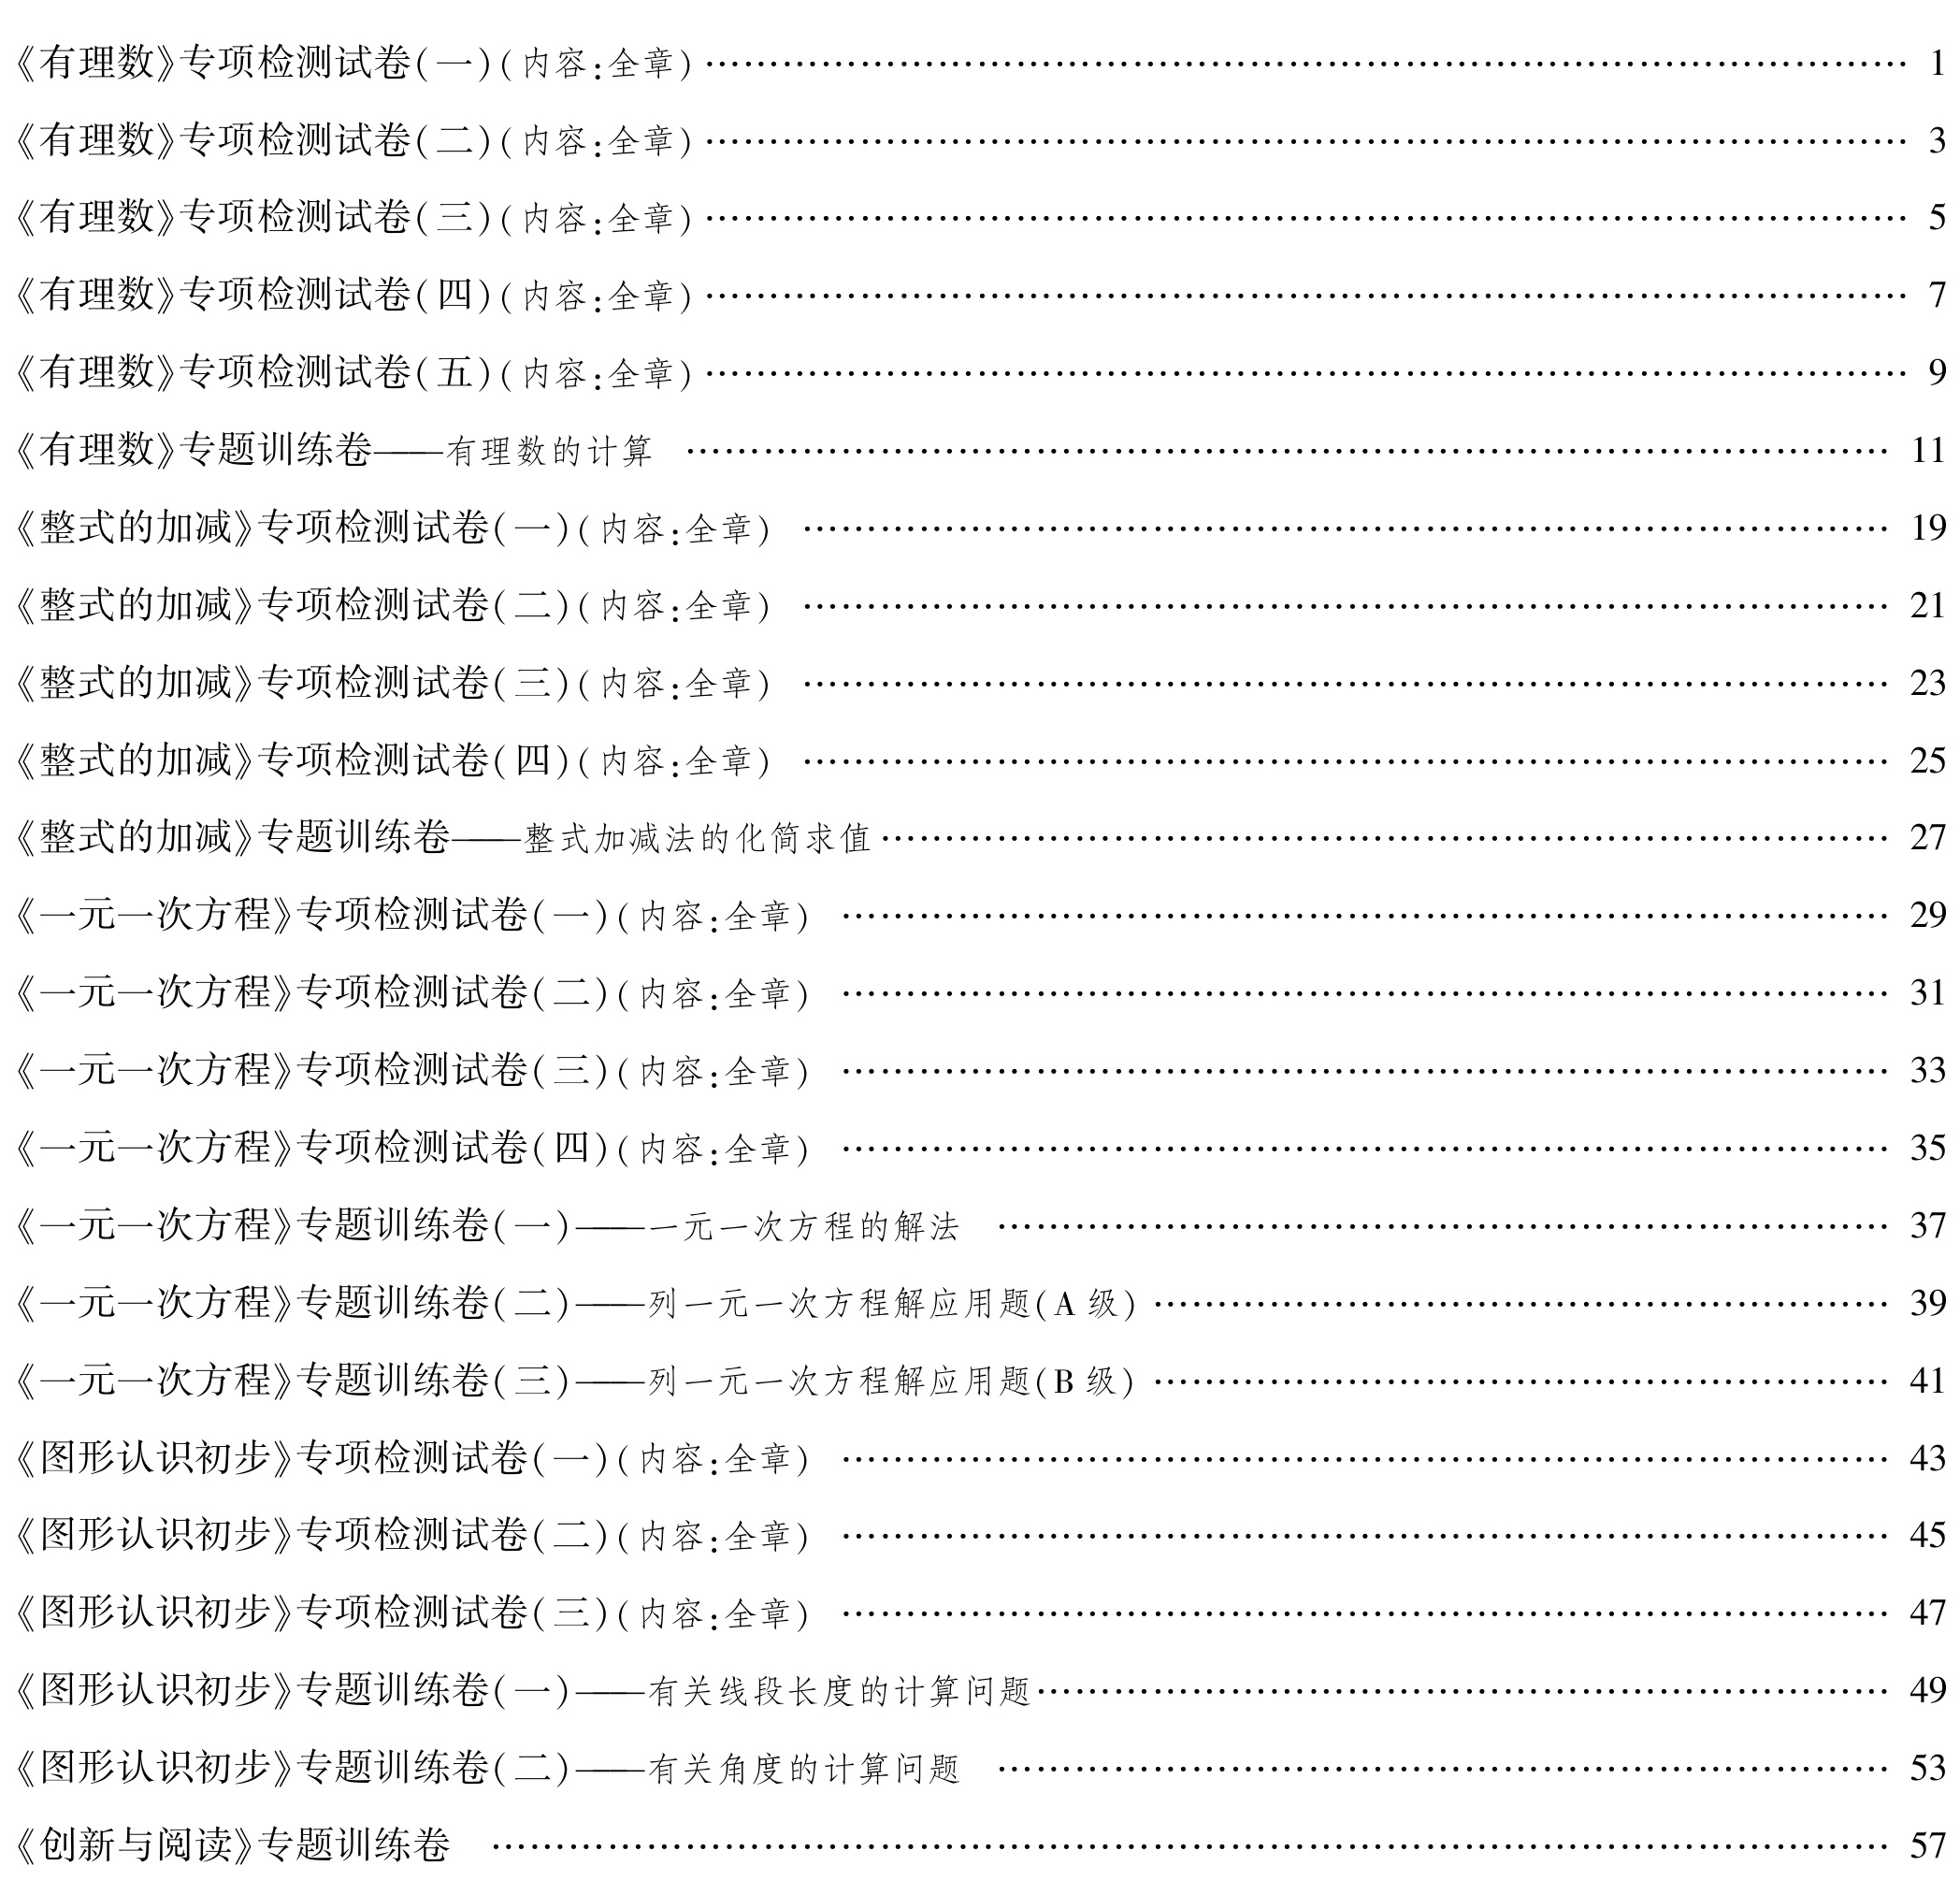
\begin{enumerate}

\item 《有理数》专项检测试卷(一)(内容:全章) \hfill 1

\item 《有理数》专项检测试卷(二)(内容:全章) \hfill 3

\item 《有理数》专项检测试卷(三)(内容:全章) \hfill 5

\item 《有理数》专项检测试卷(四)(内容:全章) \hfill 7

\item 《有理数》专项检测试卷(五)(内容:全章) \hfill 9

\item 《有理数》专题训练卷——有理数的计算 \hfill 11

\item 《整式的加减》专项检测试卷(一)(内容:全章) \hfill 19

\item 《整式的加减》专项检测试卷(二)(内容:全章) \hfill 21

\item 《整式的加减》专项检测试卷(三)(内容:全章) \hfill 23

\item 《整式的加减》专项检测试卷(四)(内容:全章) \hfill 25

\item 《整式的加减》专题训练卷——整式加减法的化简求值 \hfill 27

\item 《一元一次方程》专项检测试卷(一)(内容:全章) \hfill 29

\item 《一元一次方程》专项检测试卷(二)(内容:全章) \hfill 29

\item 《一元一次方程》专项检测试卷(三)(内容:全章) \hfill 31

\item 《一元一次方程》专项检测试卷(四)(内容:全章) \hfill 33

\item 《一元一次方程》专题训练卷(一)——一元一次方程的解法 \hfill 35

\item 《一元一次方程》专题训练卷(一)——一元一次方程的解应用题(A级) \hfill 37

\item 《一元一次方程》专题训练卷(二)——列一元一次方程解应用题(A级) \hfill 39

\item 《一元一次方程》专题训练卷(三)——列一元一次方程解应用题(B级) \hfill 41

\item 《图形认识初步》专项检测试卷(一)(内容:全章) \hfill 43

\item 《图形认识初步》专项检测试卷(二)(内容:全章) \hfill 45

\item 《图形认识初步》专项检测试卷(三)(内容:全章) \hfill 47

\item 《图形认识初步》专题训练卷(一)——有关线段长度的计算问题 \hfill 49

\item 《图形认识初步》专题训练卷(二)——有关角度的计算问题 \hfill 53

\item 《创新与阅读》专题训练卷  \hfill 57

\end{enumerate}